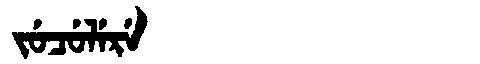
Manchu: ᠵᡠᠴᡠᠯᡝᡵᡝ
Romanization: JUCULERE